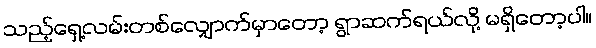
သည့်ရှေ့လမ်းတစ်လျှောက်မှာတော့ ရွာဆက်ရယ်လို့ မရှိတော့ပါ။